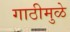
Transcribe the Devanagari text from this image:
गाठीमुळे